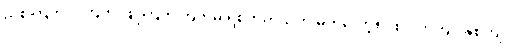
ညှစ်ကြိတ်ဝါကြိတ် ဖြူကြိတ်ကြိတ်မိ ရစ်ဘိတသတ် မှတ်လော့စိပ်စိပ် တကျိပ်နှစ်ကျိပ်